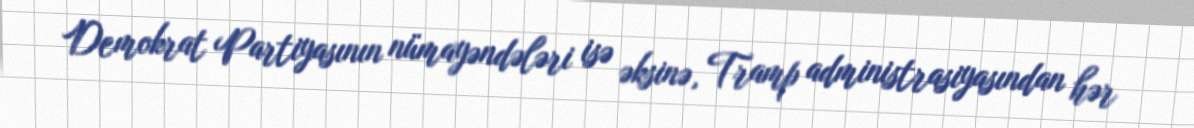
Demokrat Partiyasının nümayəndələri isə əksinə, Tramp administrasiyasından hər